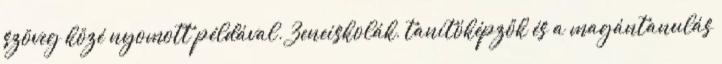
szöveg közé nyomott példával. Zeneiskolák, tanítóképzők és a magántanulás